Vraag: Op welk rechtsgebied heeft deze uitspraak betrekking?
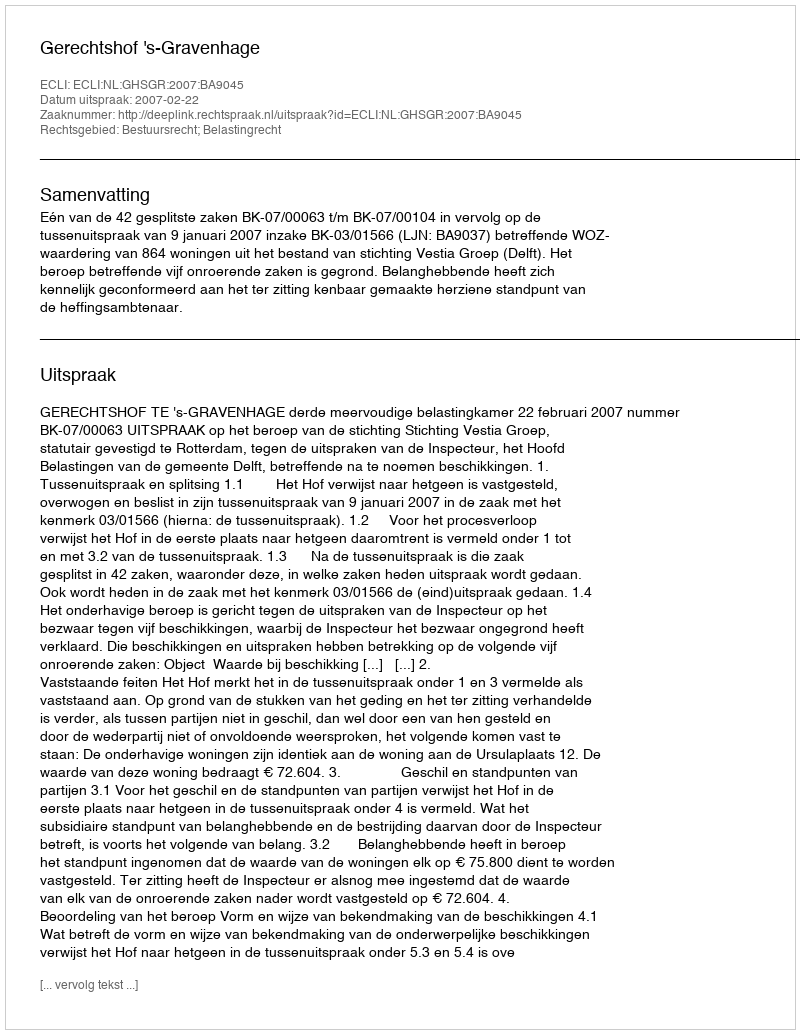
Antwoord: Bestuursrecht; Belastingrecht